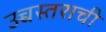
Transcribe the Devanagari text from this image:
उच्चस्तराची